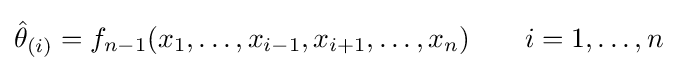
{\hat {\theta }}_{(i)}=f_{n-1}(x_{1},\ldots ,x_{i-1},x_{i+1},\ldots ,x_{n})\quad \quad i=1,\dots ,n